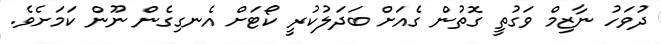
ދުވަހު ނާޒިމް ވަގުތީ ގޮތުން ގެއަށް ބަދަލުކުރީ ކޯޓަށް އެނގިގެން ނޫން ކަމަށެވެ.